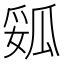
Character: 㼏